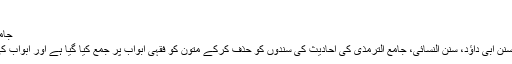
جیسے
جامع الاصول، الامام ابن الاثیر (606 ہجری)
اس کتاب میں صحیحین، موطا امام مالک، سنن ابی داؤد، سنن النسائی، جامع الترمذی کی احادیث کی سندوں کو حذف کرکے متون کو فقہی ابواب پر جمع کیا گیا ہے اور ابواب کی ترتیب حروف تہجی پر قائم کی گئی ہے۔